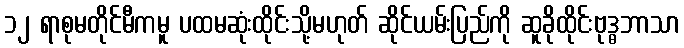
၁၂ ရာစုမတိုင်မီကမူ ပထမဆုံးထိုင်းသို့မဟုတ် ဆိုင်ယမ်းပြည်ကို ဆူခိုထိုင်းဗုဒ္ဓဘာသာ